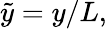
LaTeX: \tilde{y}=y/L,